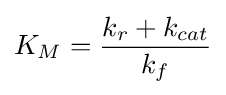
K_{M}={\frac {k_{r}+k_{cat}}{k_{f}}}